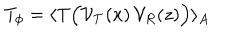
T _ { \phi } = \langle \mathrm { T } \Big ( { \cal V } _ { \cal T } ( x ) \, { \cal V } _ { R } ( z ) \Big ) \rangle _ { A }